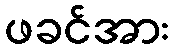
ဖခင်အား